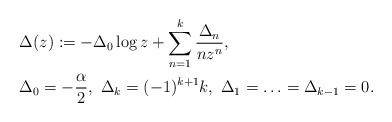
LaTeX: \begin{align*}&\Delta(z) := -\Delta_0 \log z + \sum^k_{n=1}\frac{\Delta_n}{n z^n},\\&\Delta_0=-\frac{\alpha}{2}, \ \Delta_k=(-1)^{k+1}k,\ \Delta_1=\ldots=\Delta_{k-1}=0.\end{align*}